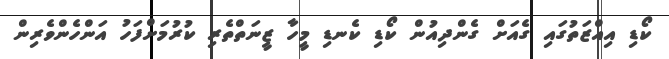
ކޯޑި އިއްޒަތުގައި ގެއަށް ގެންދިއުން ކޯޑި ކެނޑި މީހާ ޒީނަތްތެރި ކުރުމަށްފަހު އަންހެންވެރިން